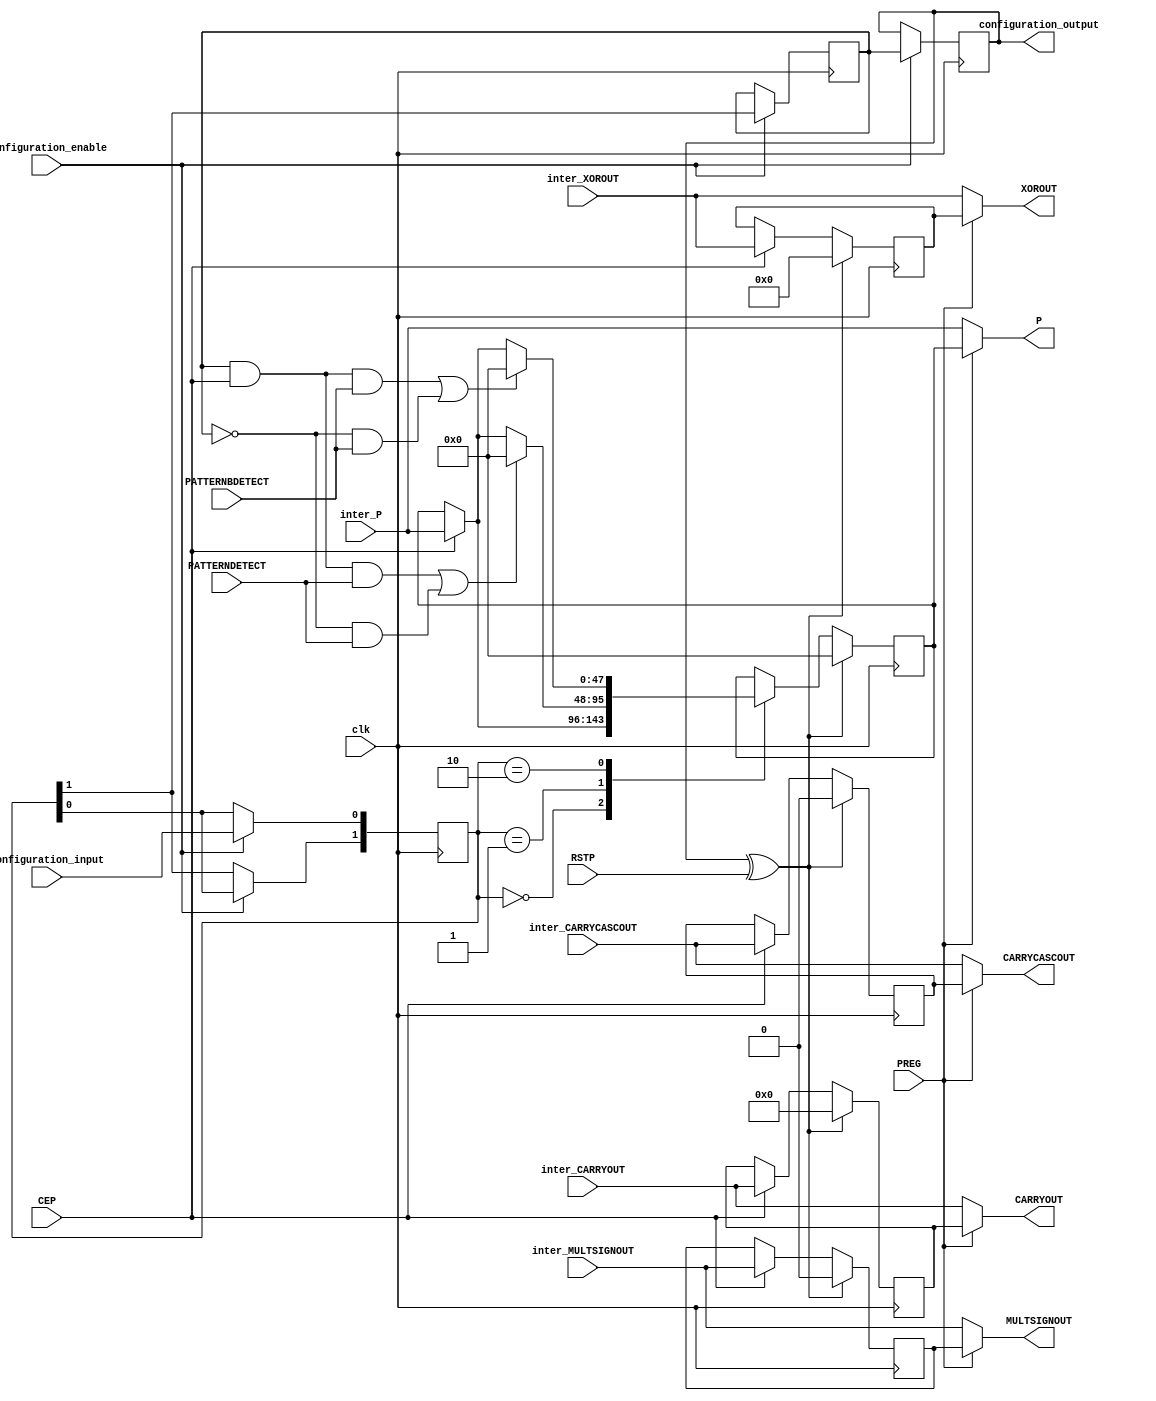
/*****************************************************************
*	Configuration bits order :
*			AUTORESET_PATDET[0] <= configuration_input;
*			AUTORESET_PATDET[1] <= AUTORESET_PATDET[0];
*			AUTORESET_PRIORITY <= AUTORESET_PATDET[1];
*			IS_RSTP_INVERTED <= AUTORESET_PRIORITY;
*			configuration_output = IS_RSTP_INVERTED
*****************************************************************/
`timescale 1 ns / 100 ps  
module output_manager (
		input clk,

		input RSTP,
		input CEP,
		
		input inter_MULTSIGNOUT,
		input inter_CARRYCASCOUT,
		input [7:0] inter_XOROUT,
		input [3:0] inter_CARRYOUT,
		input [47:0] inter_P,
		
		input PATTERNDETECT,		
		input PATTERNBDETECT,
		
		input PREG,

		output reg MULTSIGNOUT,
		output reg CARRYCASCOUT,
		output reg [7:0] XOROUT,
		output reg [3:0] CARRYOUT,
		output reg [47:0] P,
					
		input configuration_input,
		input configuration_enable,
		output configuration_output
	);	
	
	// parameter 
	parameter input_freezed = 1'b0;
	
	// configuring bits
	reg [1:0] AUTORESET_PATDET;
	reg AUTORESET_PRIORITY;
	reg IS_RSTP_INVERTED;
		
	always@(posedge clk)begin
		if (configuration_enable)begin
			AUTORESET_PATDET[0] <= configuration_input;
			AUTORESET_PATDET[1] <= AUTORESET_PATDET[0];
			AUTORESET_PRIORITY <= AUTORESET_PATDET[1];
			IS_RSTP_INVERTED <= AUTORESET_PRIORITY;
		end
	end
	assign configuration_output = IS_RSTP_INVERTED;
	
	// output_manager	
	reg inter_MULTSIGNOUT_reg;
	reg [47:0] inter_PCOUT_reg;
	reg inter_CARRYCASCOUT_reg;
	reg [7:0] inter_XOROUT_reg;
	reg [3:0] inter_CARRYOUT_reg;	
	reg [47:0] inter_P_reg;
	
	wire RSTP_xored;
	assign RSTP_xored = IS_RSTP_INVERTED ^ RSTP;
	
	always@(posedge clk) begin
		if (RSTP_xored) begin
			inter_P_reg <= 48'b0;
		end
		else begin
			case (AUTORESET_PATDET) 
				2'b00: begin
					if (CEP) begin
						inter_P_reg <= inter_P;
					end	
				end
				2'b01: begin
					if ((AUTORESET_PRIORITY && CEP && PATTERNDETECT) || ((~AUTORESET_PRIORITY)  && PATTERNDETECT))begin
							inter_P_reg <= 48'b0;
					end else if (CEP) begin
						inter_P_reg <= inter_P;
					end	
				end
				2'b10: begin
					if ((AUTORESET_PRIORITY && CEP && PATTERNBDETECT) || ((~AUTORESET_PRIORITY)  && PATTERNBDETECT))begin
							inter_P_reg <= 48'b0;
					end else if (CEP) begin
						inter_P_reg <= inter_P;
					end	
				end
			endcase
		end	
		
	end
	
	always@(posedge clk) begin
		if (RSTP_xored) begin
			inter_MULTSIGNOUT_reg <= 1'b0;
			inter_CARRYCASCOUT_reg <= 1'b0;
			inter_XOROUT_reg <= 8'b0;
			inter_CARRYOUT_reg <= 4'b0;	
		end	
		else if (CEP) begin
			inter_MULTSIGNOUT_reg <= inter_MULTSIGNOUT;
			inter_CARRYCASCOUT_reg <= inter_CARRYCASCOUT;
			inter_XOROUT_reg <= inter_XOROUT;
			inter_CARRYOUT_reg <= inter_CARRYOUT;
		end	
	end
	
	always@(*)begin
		if (input_freezed | PREG) begin
			MULTSIGNOUT = inter_MULTSIGNOUT_reg;
			XOROUT = inter_XOROUT_reg;
			CARRYOUT = inter_CARRYOUT_reg;
		end
		else begin
			MULTSIGNOUT = inter_MULTSIGNOUT;
			XOROUT = inter_XOROUT;
			CARRYOUT = inter_CARRYOUT;
		end
	end
	
	always@(*)begin
		if (input_freezed | PREG) begin
			CARRYCASCOUT = inter_CARRYCASCOUT_reg;
			P = inter_P_reg;
		end
		else begin
			CARRYCASCOUT = inter_CARRYCASCOUT;
			P = inter_P;
		end
	end
	
	
endmodule